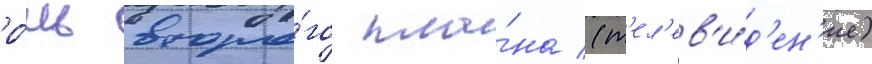
ро́ль второ́го пла́на (т'ел'ев'и́д'ен'ие)